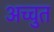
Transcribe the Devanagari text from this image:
अच्चुत